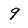
Character: 9